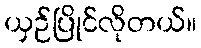
ယှဉ်ပြိုင်လိုတယ်။